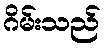
ဂိမ်းသည်